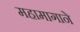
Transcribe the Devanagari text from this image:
महामागाने